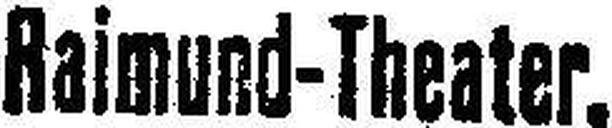
Raimund-Theater.